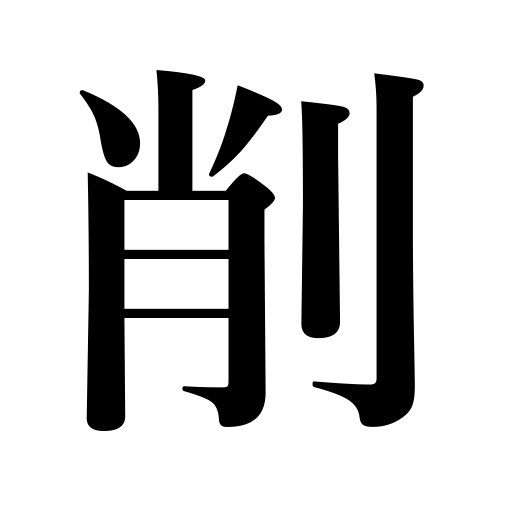
Meanings: pare,sharpen,reduce,scrape off,curtail,cross out,plane,shave leather,whittle